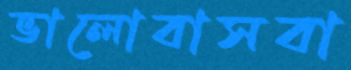
ভালোবাসবা